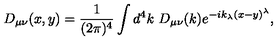
D _ { \mu \nu } ( x , y ) = \frac { 1 } { ( 2 \pi ) ^ { 4 } } \int d ^ { 4 } k \ D _ { \mu \nu } ( k ) e ^ { - i k _ { \lambda } ( x - y ) ^ { \lambda } } ,